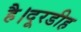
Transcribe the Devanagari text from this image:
है।दूरडीह